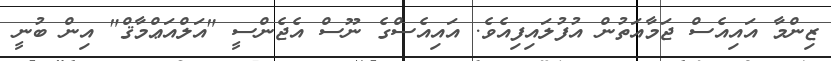
ޒިންމާ އައިއެސް ޖަމާއަތުން އުފުލައިފިއެވެ. އައިއެސްގެ ނޫސް އެޖެންސީ "އަލްއަޢްމާޤް" އިން ބުނީ